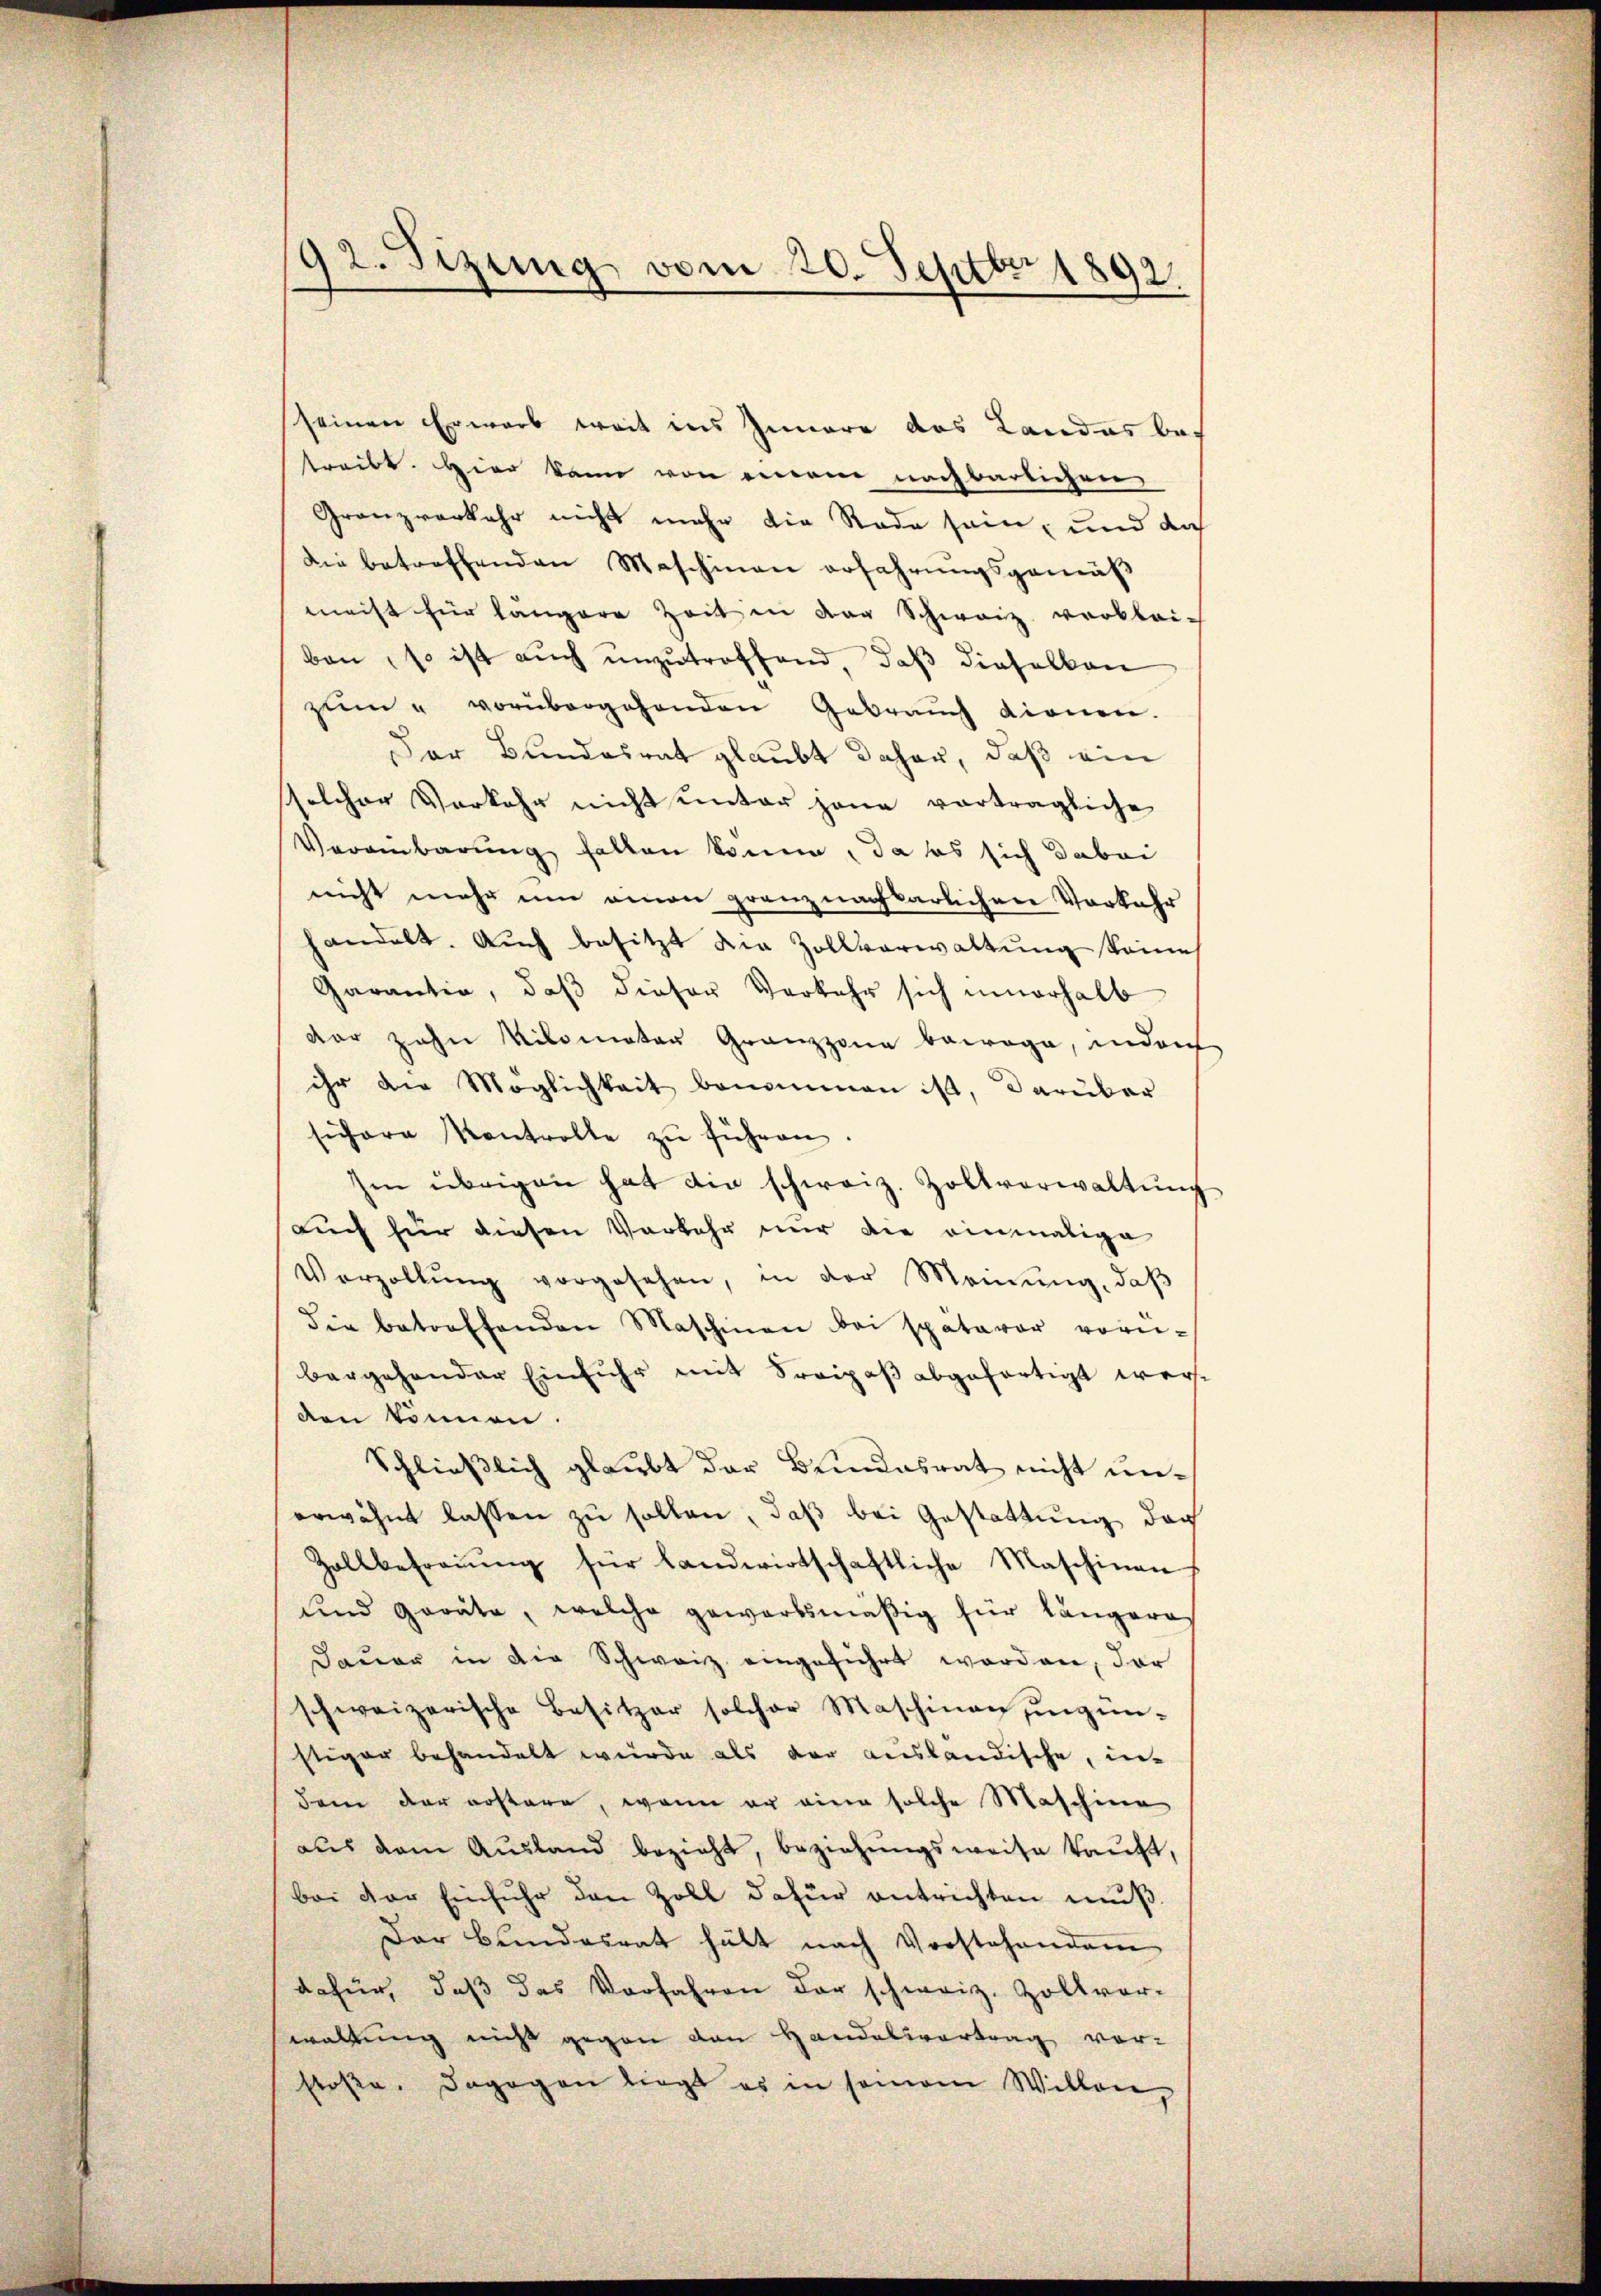
92. Tizung vom 20. Septbr 1892.

seinen Erwarb weit ins Innere das Landas bei
treibt. Hier kann von einem nachbarlichen
Granzverkehr nicht mehr die Rade sein, und dah
Die betreffenden Maschinen erfahrungsgemäß
meist für längere Zeit in der Schweiz verbleiben, so ist auch unzutreffend, daß dieselben
zum " vorübergehenden Gebrauch dienen.
Der Bundesrat glaubt daher, daß ein
solcher Vorkehr nicht unter jene vorträgliche
Vereinbarung halten könne, da es sich dabei
nicht mehr um einen granz nachbarlichen Vorkehr
handelt. Aŭch besitzt die Zollverwaltŭng keine
Garantia, daβ dieser Verkehr sich innerhalb
dor zehn Kilomater Gränz(...) bewoge, indorf
ihr die Möglichkeit benommen ist, darüber
sichere Kontrolle zŭ führen.
Im übrigen hat die schweiz. Zoltverwaltŭng
auch für diesen Vorkehr nur die einmalige
Verzollŭng vorgesehen, in der Meinŭng, daβ
die betreffenden Maschinen bei späterer vorü-
bergehender Einfuhr mit Sraipaß abgefertigt werden können.
Schließlich glaubt der Bundesrat nicht unerwähnt lassen zu sollen, daß bei Gestattung des
Zollbefraŭŭng für landwirtschaftliche Maschinen
und Geräte, welche gewärtsmäßig für längeres
Jauer in die Schweiz eingeführt worden, der
schweizerische Besitzer solcher Maschinen ungünstiger behandelt wurde als der ausländische, in-
dem der erstere, wenn er eine solche Maschine
aus dem Ausland bezieht, beziehungsweise kauft,
bei der Einfuhr den Zoll dafür entrichten muß
Der Bundesrat hält nach Vorstehendem
dafür, daß das Vorfahren der schweiz. Zollvor-
waltung nicht gegen den Handelsvertrag vor-
stoße. Dagegen liegt es in samem Willen,